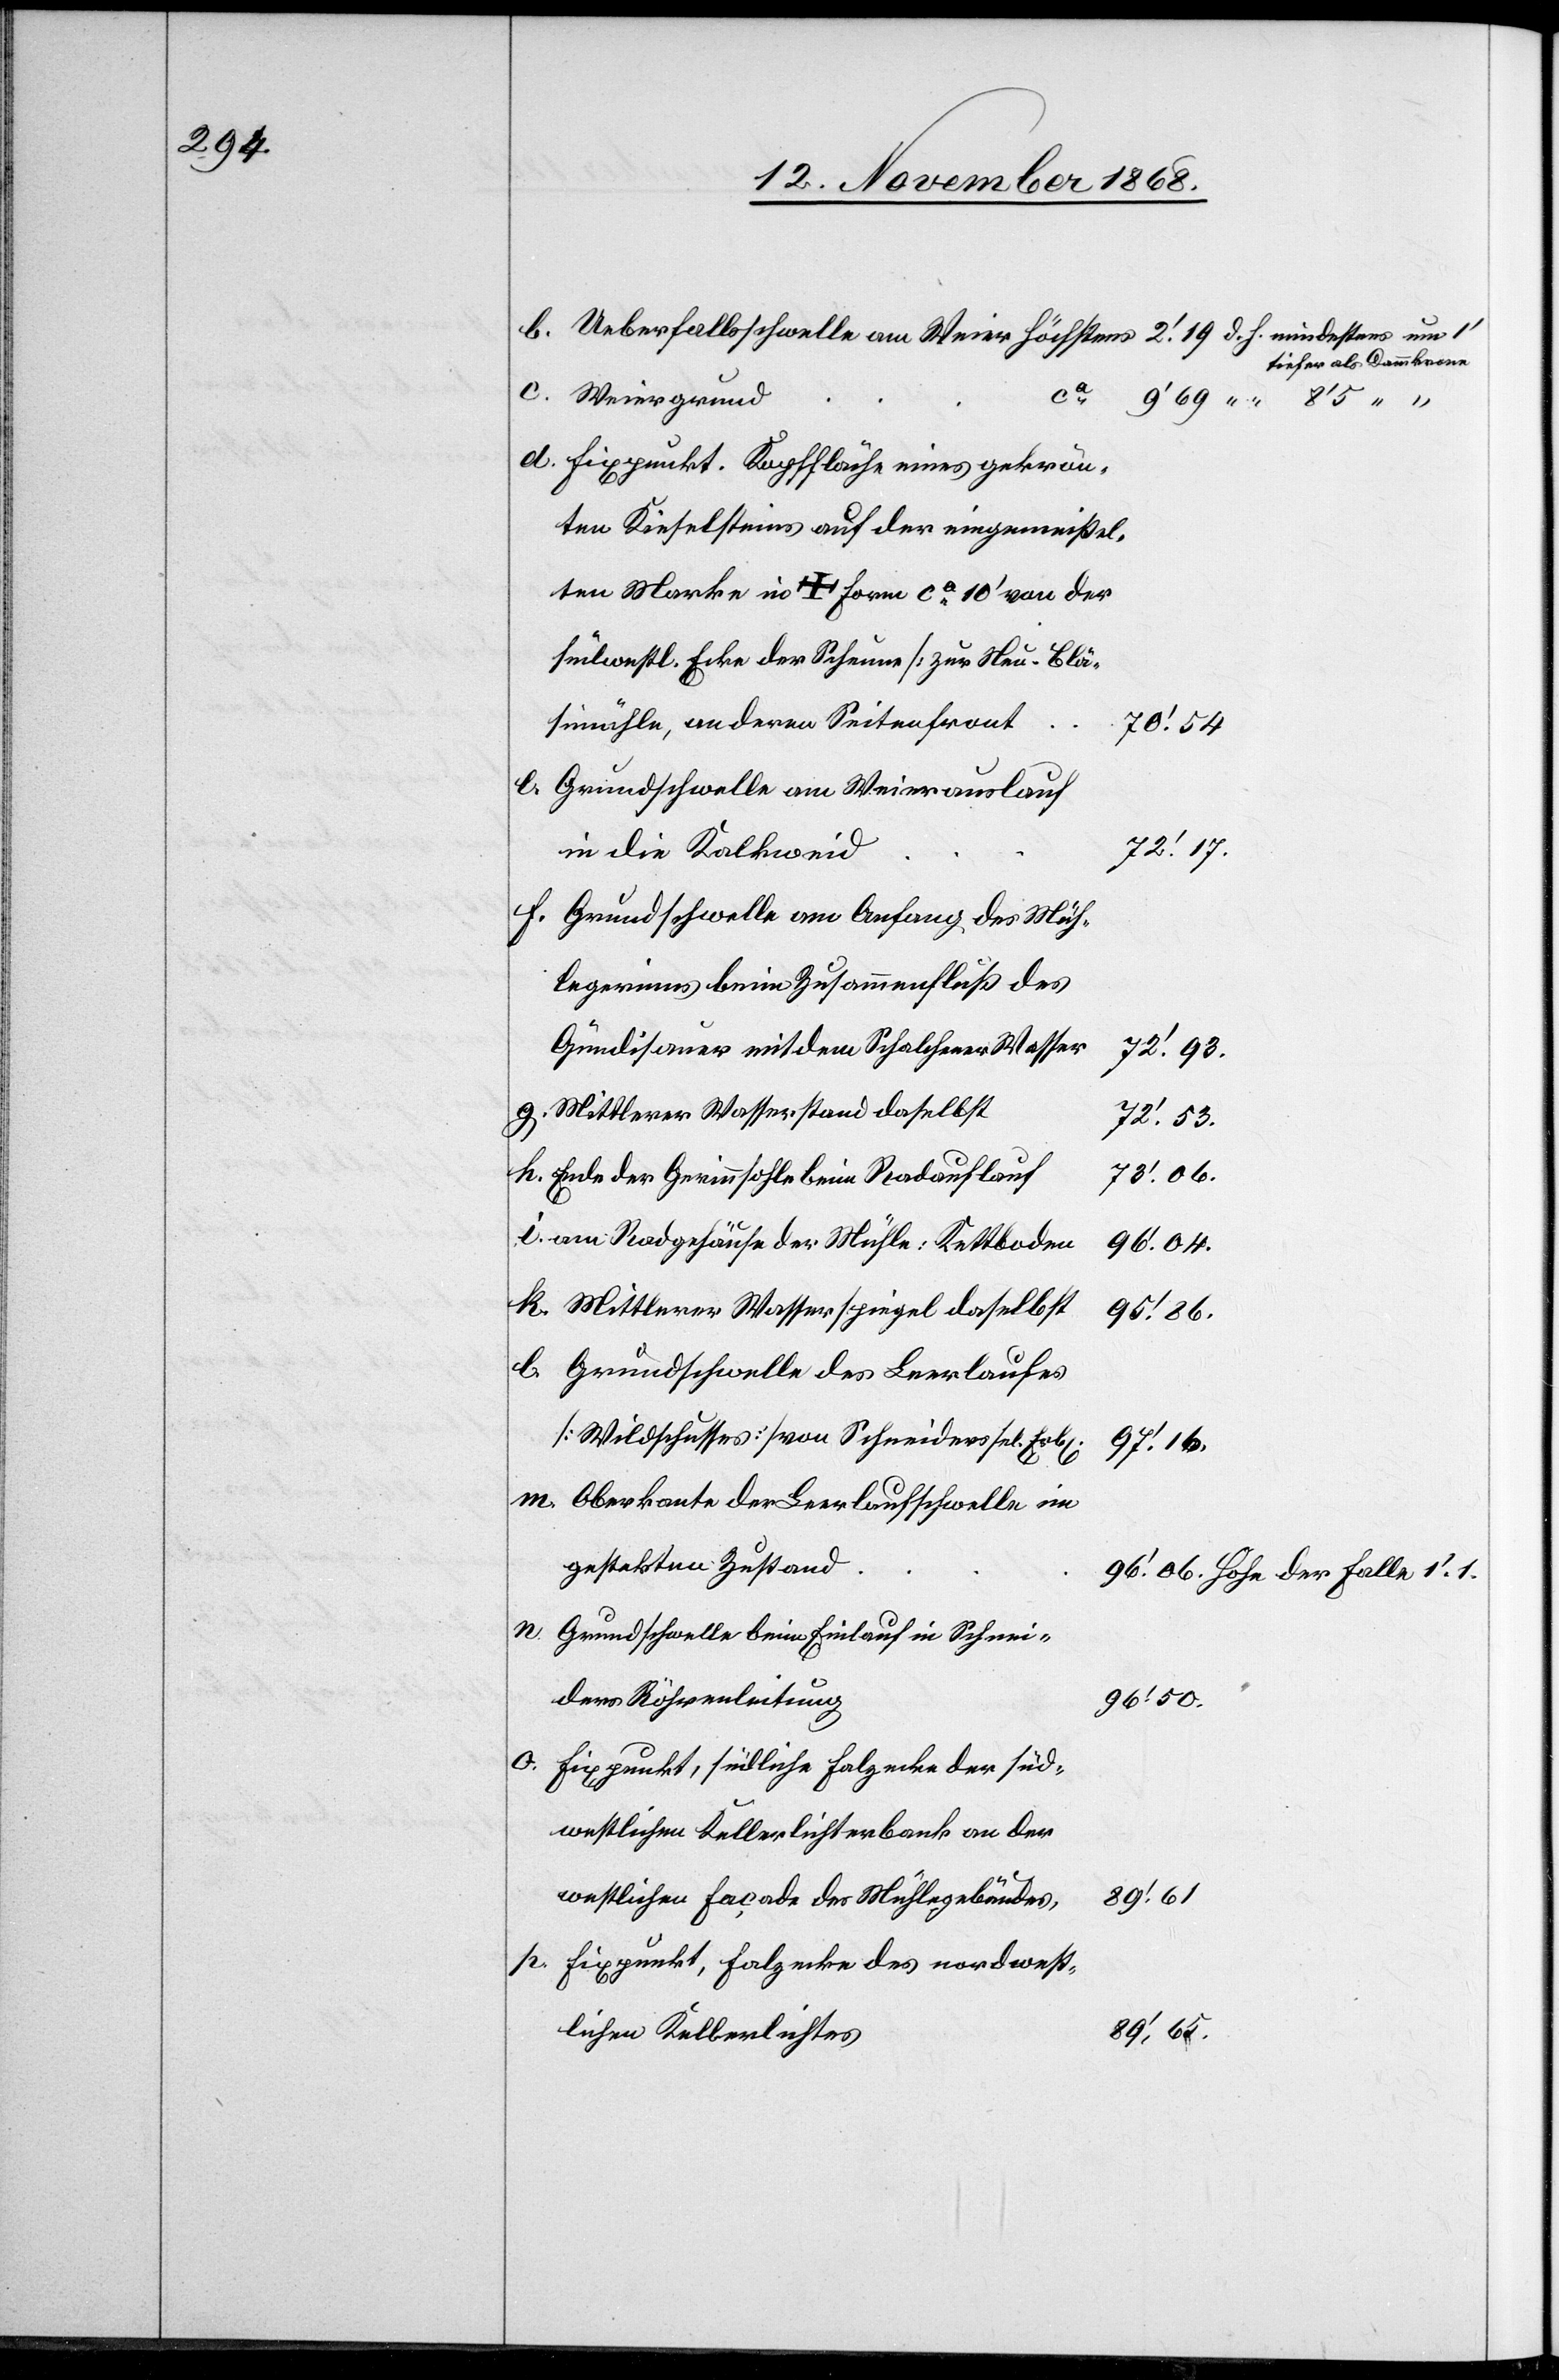
tiefer als Dammkrone
p.
Fixpunkt. Kopffläche eines gekrön¬
ten Kieselsteins auf der eingemeißel¬
ten Marke in + Form ca 10‘ von der
südwestl. Ecke der Scheune [zur Neu-Blä¬
simühle[]], an deren Seitenfront
70‘.54
Grundschwelle am Weierauslauf
72‘.17.
in die Kalkweid
Grundschwelle am Anfang des Müh¬
legerinns beim Zusammenfluß des
Gündisauer mit dem Schalchener Wasser
72‘.93.
Mittlerer Wasserstand daselbst
72‘.53.
73‘.06.
Ende der Gerinnsohle beim Radauflauf
am Radgehäuse der Mühle: Kettboden
96‘.04.
Mittlerer Wasserspiegel daselbst
95‘.86.
Grundschwelle des Leerlaufes
[Wildschusses] von Schneiders sel. Erb[en]
97‘.16.
Oberkante der Leerlaufschwelle im
gestekten Zustand
Grundschwelle beim Einlauf in Schnei¬
ders Röhrenleitung
96‘.50.
Fixpunkt, südliche Falzecke der süd¬
westlichen Kellerlichterbank an der
89‘.61
westlichen Façade des Mühlegebäudes,
Fixpunkt, Falzecke des nordwest¬
lichen Kellerlichtes
89‘.65.